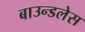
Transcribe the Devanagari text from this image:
बाउन्डलेस